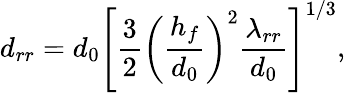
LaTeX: d_{rr}=d_{0}\left[\frac{3}{2}\left(\frac{h_{f}}{d_{0}}\right)^{2}\frac{\lambda_{rr}}{d_{0}}\right]^{1/3},